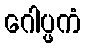
ဂေါပ္ဖကံ